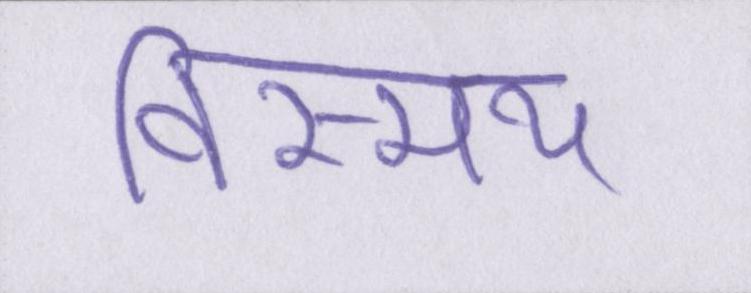
विस्मय